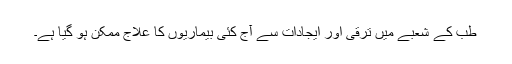
طب کے شعبے میں ترقی اور ایجادات سے آج کئی بیماریوں کا علاج ممکن ہو گیا ہے۔